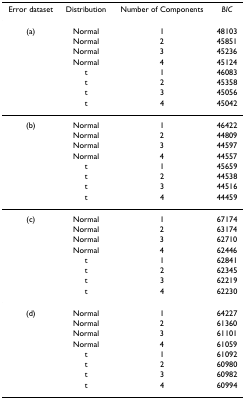
<table><thead><tr><td><b>Error dataset</b></td><td><b>Distribution</b></td><td><b>Number of Components</b></td><td><b><i>BIC</i></b></td></tr></thead><tbody><tr><td>(a)</td><td>Normal</td><td>1</td><td>48103</td></tr><tr><td></td><td>Normal</td><td>2</td><td>45851</td></tr><tr><td></td><td>Normal</td><td>3</td><td>45236</td></tr><tr><td></td><td>Normal</td><td>4</td><td>45124</td></tr><tr><td></td><td>t</td><td>1</td><td>46083</td></tr><tr><td></td><td>t</td><td>2</td><td>45358</td></tr><tr><td></td><td>t</td><td>3</td><td>45056</td></tr><tr><td></td><td>t</td><td>4</td><td>45042</td></tr><tr><td>(b)</td><td>Normal</td><td>1</td><td>46422</td></tr><tr><td></td><td>Normal</td><td>2</td><td>44809</td></tr><tr><td></td><td>Normal</td><td>3</td><td>44597</td></tr><tr><td></td><td>Normal</td><td>4</td><td>44557</td></tr><tr><td></td><td>t</td><td>1</td><td>45659</td></tr><tr><td></td><td>t</td><td>2</td><td>44538</td></tr><tr><td></td><td>t</td><td>3</td><td>44516</td></tr><tr><td></td><td>t</td><td>4</td><td>44459</td></tr><tr><td>(c)</td><td>Normal</td><td>1</td><td>67174</td></tr><tr><td></td><td>Normal</td><td>2</td><td>63174</td></tr><tr><td></td><td>Normal</td><td>3</td><td>62710</td></tr><tr><td></td><td>Normal</td><td>4</td><td>62446</td></tr><tr><td></td><td>t</td><td>1</td><td>62841</td></tr><tr><td></td><td>t</td><td>2</td><td>62345</td></tr><tr><td></td><td>t</td><td>3</td><td>62219</td></tr><tr><td></td><td>t</td><td>4</td><td>62230</td></tr><tr><td>(d)</td><td>Normal</td><td>1</td><td>64227</td></tr><tr><td></td><td>Normal</td><td>2</td><td>61360</td></tr><tr><td></td><td>Normal</td><td>3</td><td>61101</td></tr><tr><td></td><td>Normal</td><td>4</td><td>61059</td></tr><tr><td></td><td>t</td><td>1</td><td>61092</td></tr><tr><td></td><td>t</td><td>2</td><td>60980</td></tr><tr><td></td><td>t</td><td>3</td><td>60982</td></tr><tr><td></td><td>t</td><td>4</td><td>60994</td></tr></tbody></table>